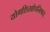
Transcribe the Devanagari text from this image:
योगशिखोपनिषत्‌